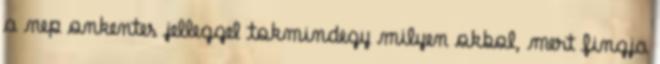
a nep onkentes jelleggel tokmindegy milyen okbol, mert fingja